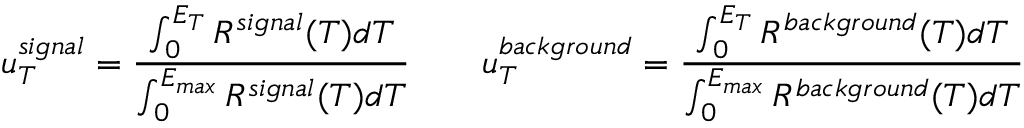
u _ { T } ^ { s i g n a l } = \frac { \int _ { 0 } ^ { E _ { T } } R ^ { s i g n a l } ( T ) d T } { \int _ { 0 } ^ { E _ { m a x } } R ^ { s i g n a l } ( T ) d T } \qquad u _ { T } ^ { b a c k g r o u n d } = \frac { \int _ { 0 } ^ { E _ { T } } R ^ { b a c k g r o u n d } ( T ) d T } { \int _ { 0 } ^ { E _ { m a x } } R ^ { b a c k g r o u n d } ( T ) d T }